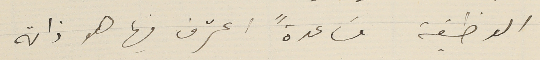
الوظيفة مسَاعدةً اعترف فيها هو ذاته